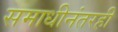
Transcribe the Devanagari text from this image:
समाधीनंतरही